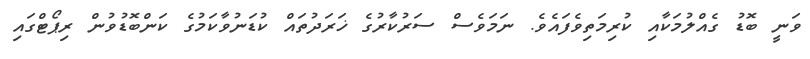
ވަނީ ބޮޑު ގެއްލުމަކާއި ކުރިމަތިވެފައެވެ. ނަމަވެސް ސަރުކާރުގެ ޚަރަދުތައް ކުޑަނުވާކަމުގެ ކަންބޮޑުވުން ރިޕޯޓްގައި